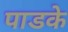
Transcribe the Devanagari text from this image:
पाडके